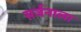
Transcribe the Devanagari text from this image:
सर्जनाला